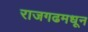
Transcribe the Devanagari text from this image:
राजगढमधून